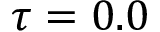
\tau = 0 . 0